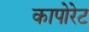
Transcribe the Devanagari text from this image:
कापोरेट